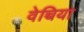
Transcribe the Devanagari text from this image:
वेच्चिया